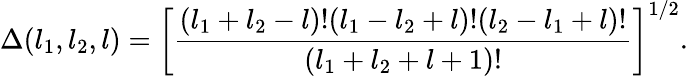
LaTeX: \Delta(l_{1},l_{2},l)=\left[{\frac{(l_{1}+l_{2}-l)!(l_{1}-l_{2}+l)!(l_{2}-l_{1}+l)!}{(l_{1}+l_{2}+l+1)!}}\right]^{1/2}.